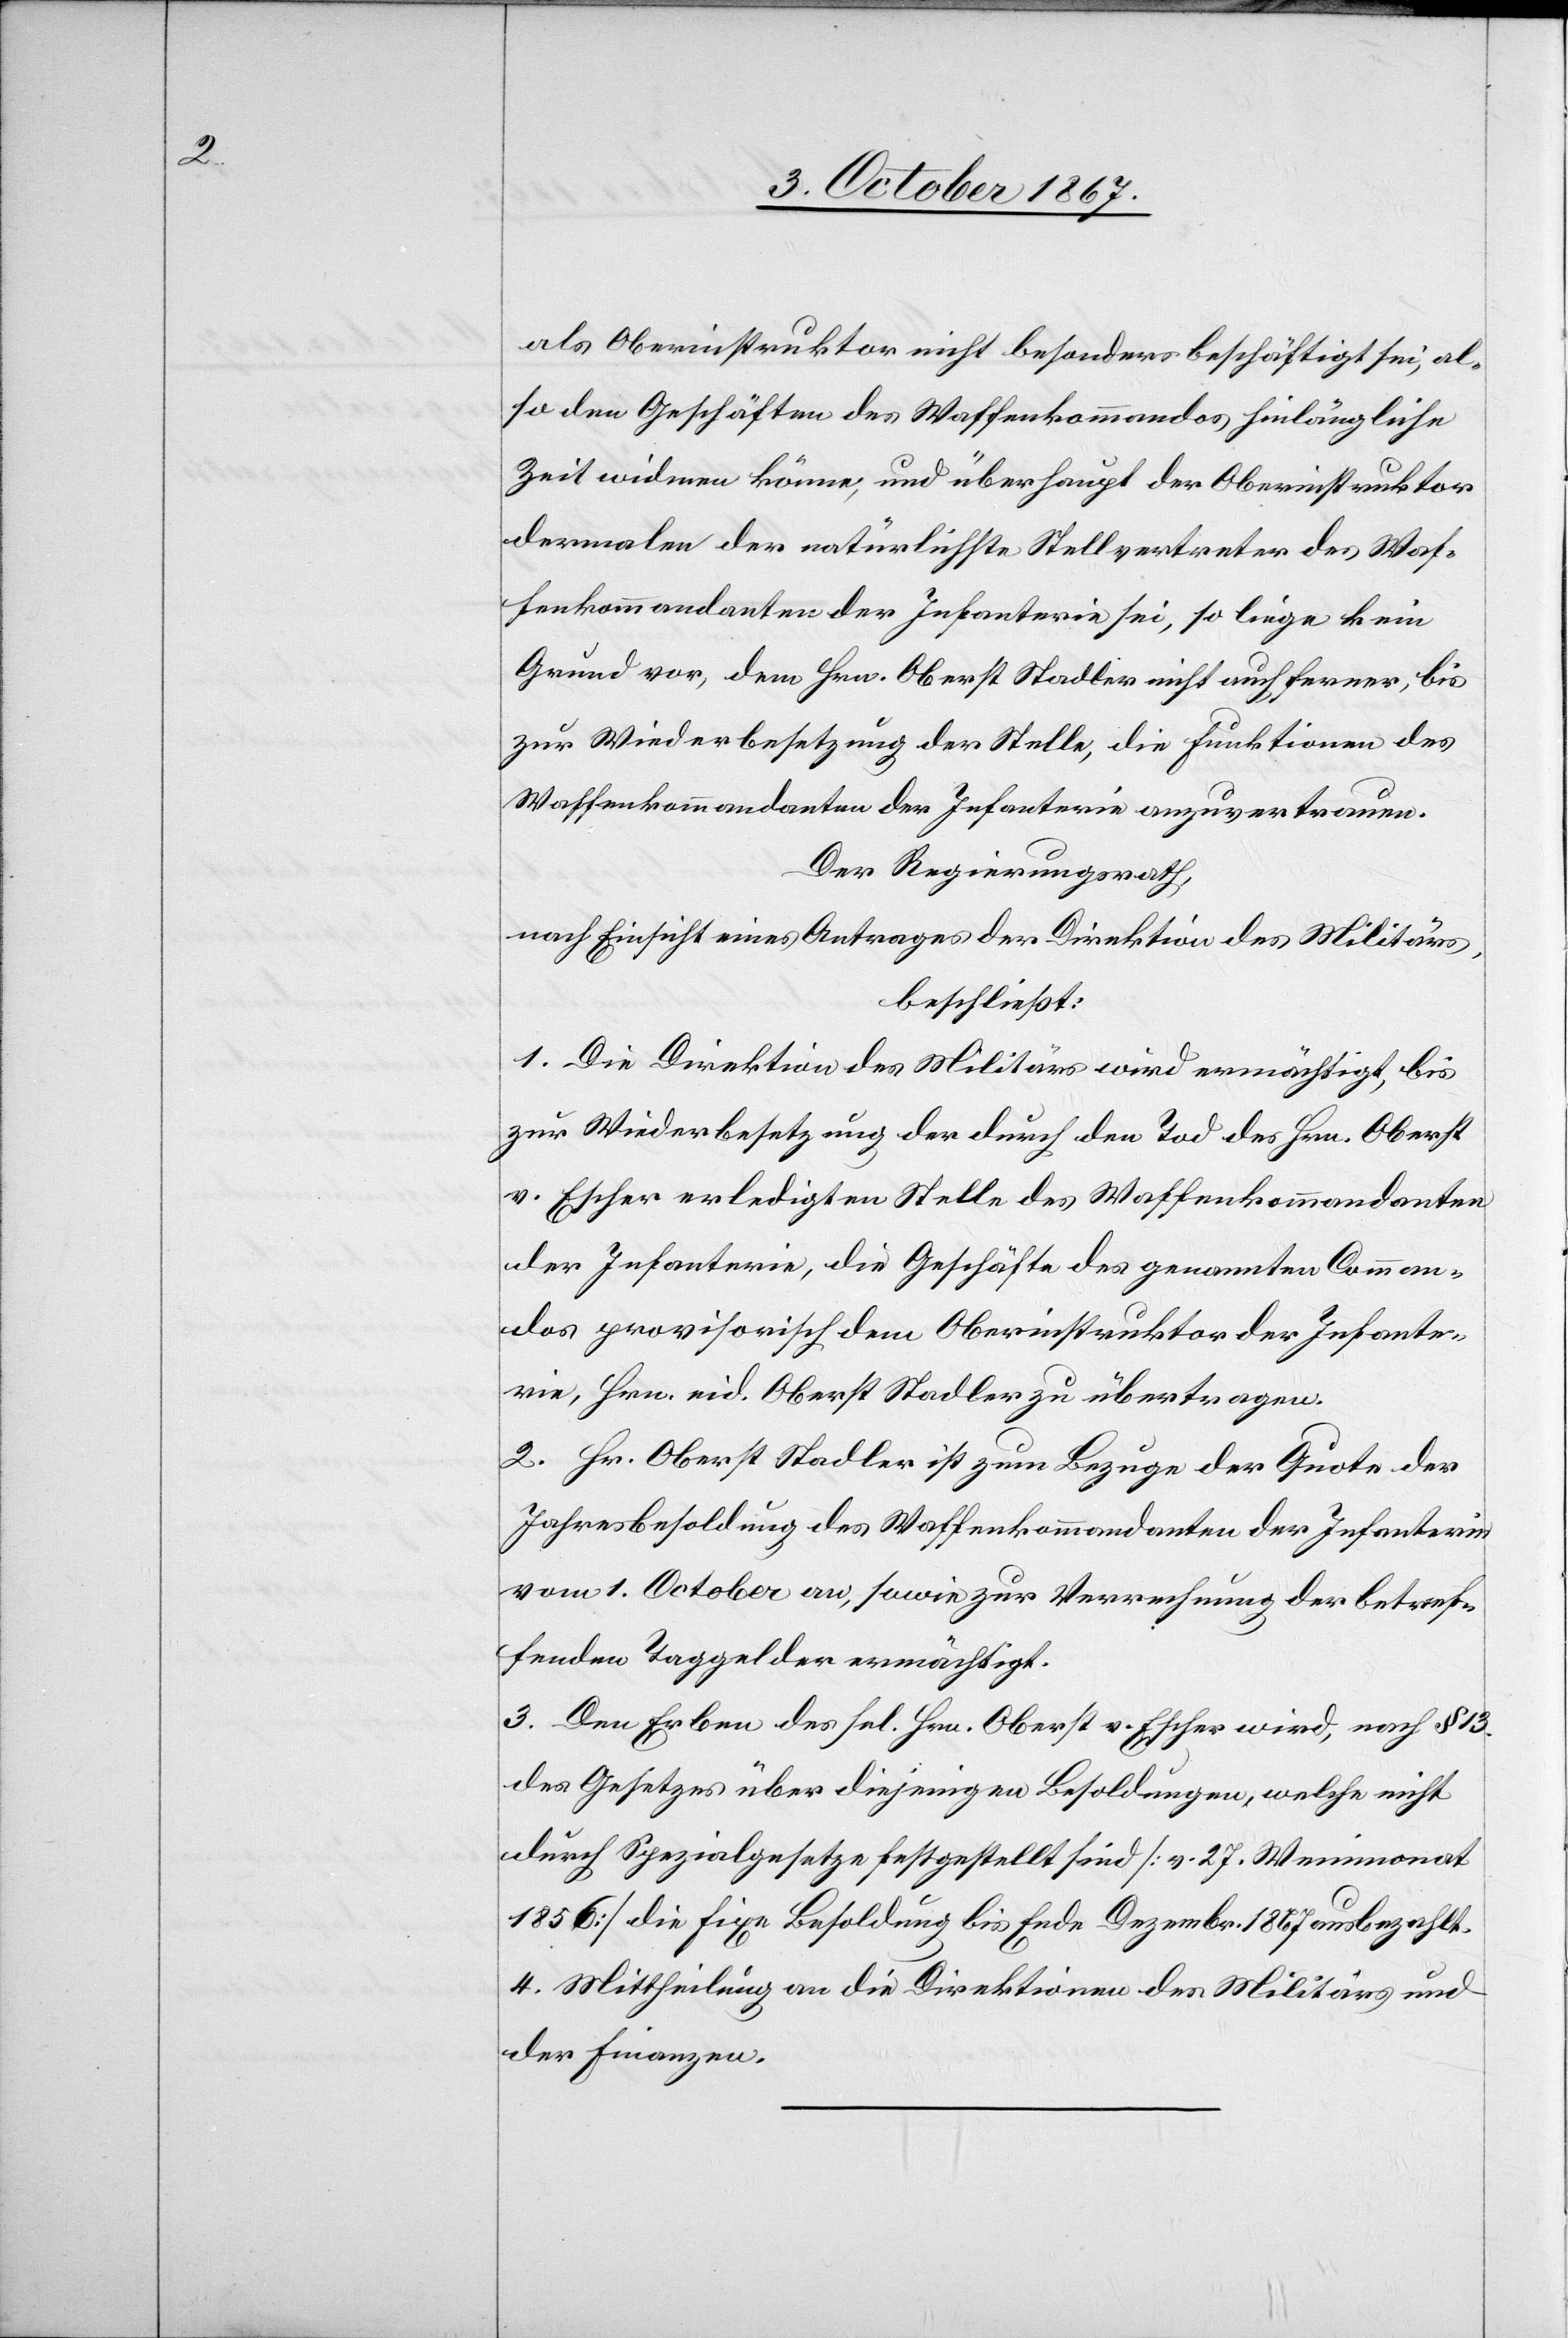
als Oberinstruktor nicht besonders beschäftigt sei, al¬
so den Geschäften des Waffenkommandos hinlängliche
Zeit widmen könne, und überhaupt der Oberinstruktor
dermalen der natürlichste Stellvertreter des Waf¬
fenkommandanten der Infanterie sei, so liege kein
Grund vor, dem Hrn. Oberst Stadler nicht auf ferner, bis
zur Widerbesetzung der Stelle, die Funktionen des
Waffenkommandanten der Infanterie anzuvertrauen.
Der Regierungsrath,
nach Einsicht eines Antrages der Direktion des Militärs,
beschließt:
1. Die Direktion des Militärs wird ermächtigt, bis
zur Wiederbesetzung der durch den Ted des Hrn. Oberst
v. Escher erledigten Stelle des Waffenkommandanten
der Infanterie, die Geschäfte des genannten Comman¬
dos provisorisch dem Oberinstruktor der Infante¬
rie, Hrn. eid. Oberst Stadler zu übertragen.
2. Hr. Oberst Stadler ist zum Bezuge der Quote der
Jahresbesoldung des Waffenkommandanten der Infanterie
vom 1. October an, sowie zur Verrechnung der betref¬
fenden Taggelder ermächtigt.
3. Den Erben des sel. Hrn. Oberst v. Escher wird, nach § 13.
des Gesetzes über diejenigen Besoldungen, welche nicht
durch Spezialgesetze festgestellt sind [v. 27. Weinmonat
1856] die fixe Besoldung bis Ende Dezembr. 1867 ausbezahlt.
4. Mittheilung an die Direktionen des Militärs und
der Finanzen.